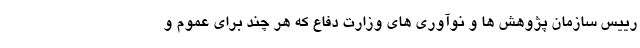
رییس سازمان پژوهش ها و نوآوری های وزارت دفاع که هر چند برای عموم و